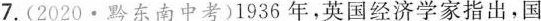
7.(2020·黔东南中考)1936年，英国经济学家指出，国